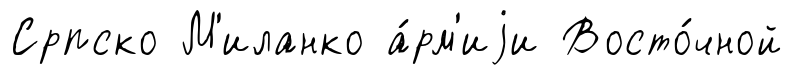
Српско М'иланко а́рм'иjи Восто́чной